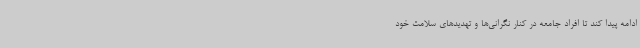
ادامه پیدا کند تا افراد جامعه در کنار نگرانی‌ها و تهدیدهای سلامت خود